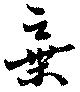
棄